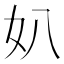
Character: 𡚭